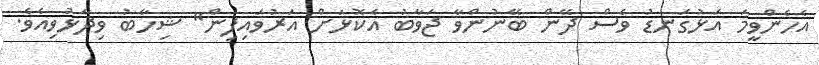
އެހެންވީމަ އަޅުގަނޑު ވެސް ދޭން ބޭނުންވާ ޖަވާބު އެކޮޅަށް އަރުވައިފިން" ޝިހާބު ވިދާޅުވިއެވެ.